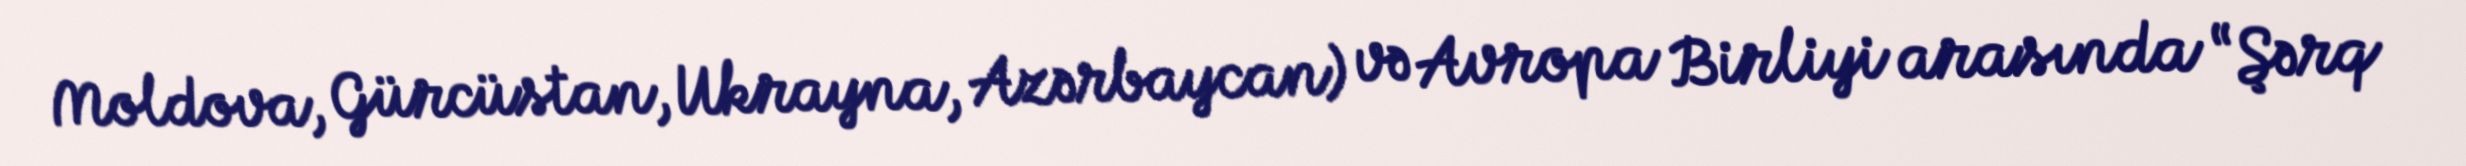
Moldova, Gürcüstan, Ukrayna, Azərbaycan) və Avropa Birliyi arasında “Şərq